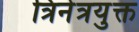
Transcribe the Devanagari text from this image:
त्रिनेत्रयुक्त